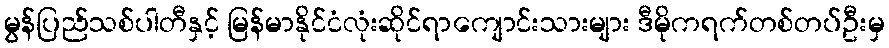
မွန်ပြည်သစ်ပါတီနှင့် မြန်မာနိုင်ငံလုံးဆိုင်ရာကျောင်းသားများ ဒီမိုကရက်တစ်တပ်ဦးမှ